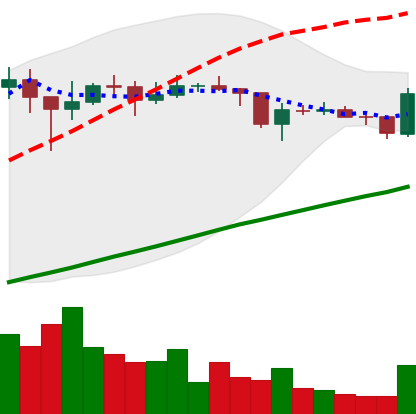
Ticker: XLM-USD
Chart end date: 2021-01-28
Forward return: 15.186%
Label: up_7plus